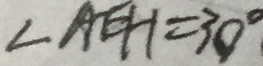
\angle A E H = 3 0 ^ { \circ }